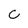
Character: c